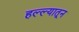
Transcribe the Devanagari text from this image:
हल्ल्यातून